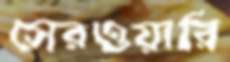
সেরওয়ারি